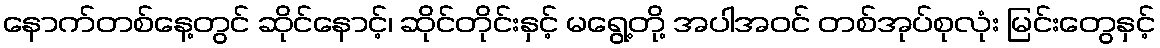
နောက်တစ်နေ့တွင် ဆိုင်နောင့်၊ ဆိုင်တိုင်းနှင့် မရွေ့တို့ အပါအဝင် တစ်အုပ်စုလုံး မြင်းတွေနှင့်